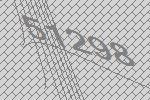
51298